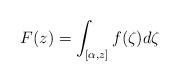
LaTeX: \begin{align*}F(z)={\displaystyle \int_{[\alpha,z]}f(\zeta)d\zeta}\end{align*}